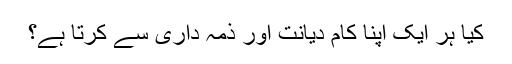
کیا ہر ایک اپنا کام دیانت اور ذمہ داری سے کرتا ہے؟